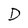
Character: D